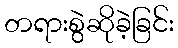
တရားစွဲဆိုခဲ့ခြင်း